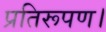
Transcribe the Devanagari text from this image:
प्रतिरूपण।